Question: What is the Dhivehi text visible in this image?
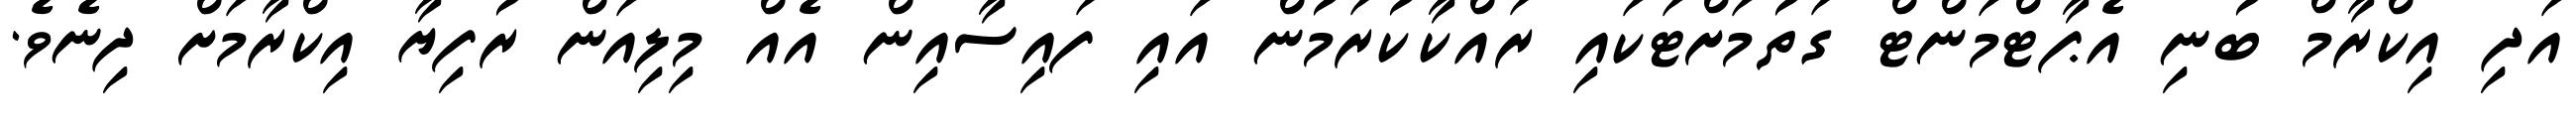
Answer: އަދި އިކްރާމް ބުނި އެޕާޓްމަންޓް ގަތުމަށްޓަކައި ރައްކާކުރަމުން އައި ފައިސާއިން އެއް މިލިއަން ރުފިޔާ އިކްރާމަށް ދިނެވެ.